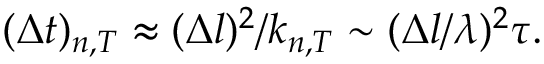
( { \Delta } t ) _ { n , T } \approx ( \Delta l ) ^ { 2 } / k _ { n , T } \sim ( \Delta l / \lambda ) ^ { 2 } \tau .